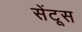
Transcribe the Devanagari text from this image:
सेंटूस